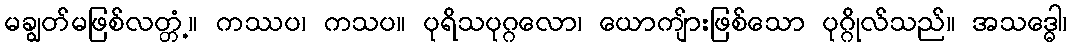
မချွတ်မဖြစ်လတ္တံ့။ ကဿပ၊ ကသပ။ ပုရိသပုဂ္ဂလော၊ ယောကျ်ားဖြစ်သော ပုဂ္ဂိုလ်သည်။ အသဒ္ဓေါ၊